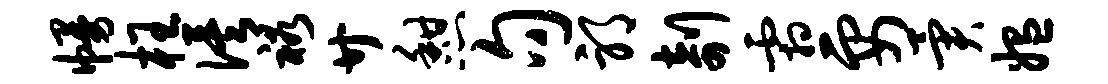
幔枉俟裕廿憩句邪剞霜要异媪